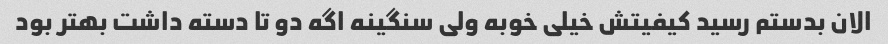
الان بدستم رسید کیفیتش خیلی خوبه ولی سنگینه اگه دو تا دسته داشت بهتر بود